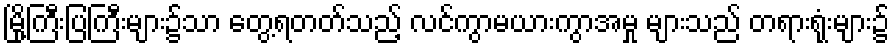
မြို့ကြီးပြကြီးများ၌သာ တွေ့ရတတ်သည့် လင်ကွာမယားကွာအမှု များသည် တရားရုံးများ၌